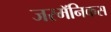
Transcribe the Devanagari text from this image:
जरमॅनिकस